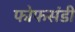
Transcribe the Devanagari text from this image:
फोफसंडी